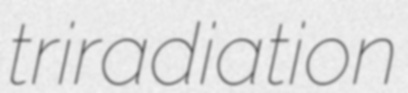
triradiation